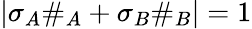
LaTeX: |\sigma_{A}\# _{A}+\sigma_{B}\# _{B}|=1